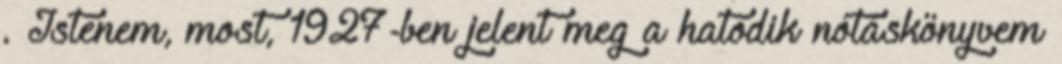
. Istenem, most, 1927-ben jelent meg a hatodik nótáskönyvem